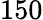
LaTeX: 150